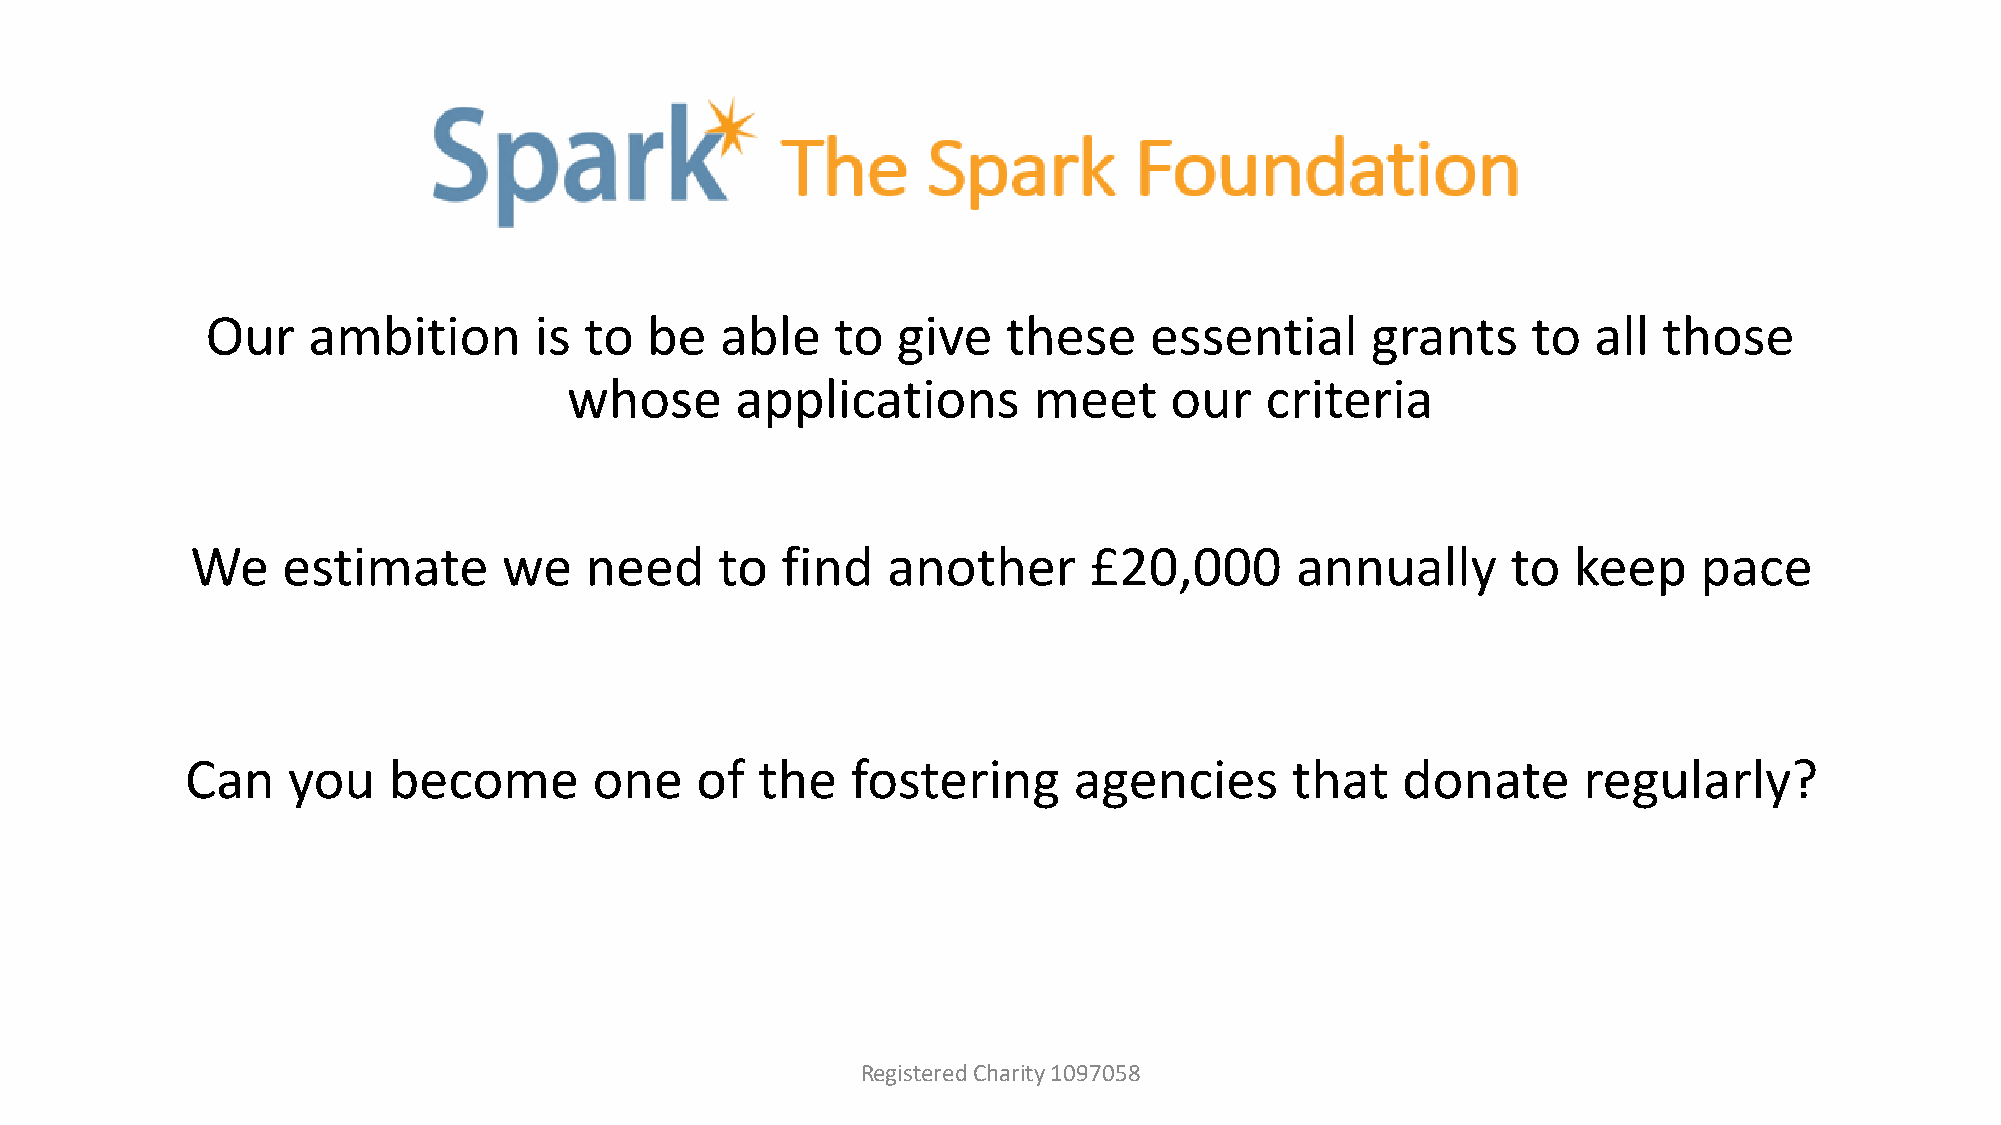
Our   ambition       is  to  be   able   to  give    these    essential      grants    to   all those
 whose      applications       meet     our    criteria
 We    estimate      we    need     to  find   another      £20,000       annually      to  keep     pace
 Can    you    become       one    of  the   fostering      agencies      that    donate      regularly?
 Registered Charity 1097058